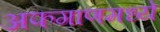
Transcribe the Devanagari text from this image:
अफगाणमध्ये